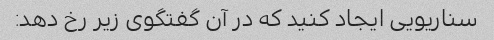
سناریویی ایجاد کنید که در آن گفتگوی زیر رخ دهد: